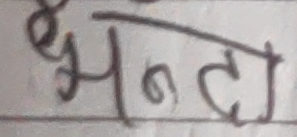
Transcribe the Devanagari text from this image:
झण्डा